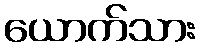
ယောက်သား